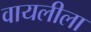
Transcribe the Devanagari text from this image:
वायलीला